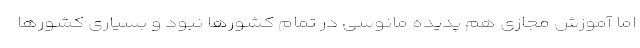
اما آموزش مجازی هم پدیده مانوسی در تمام کشورها نبود و بسیاری کشورها